Vaccine operations Central Provinces & Berar 1922-1929 - 1922-1929
Year: 1922
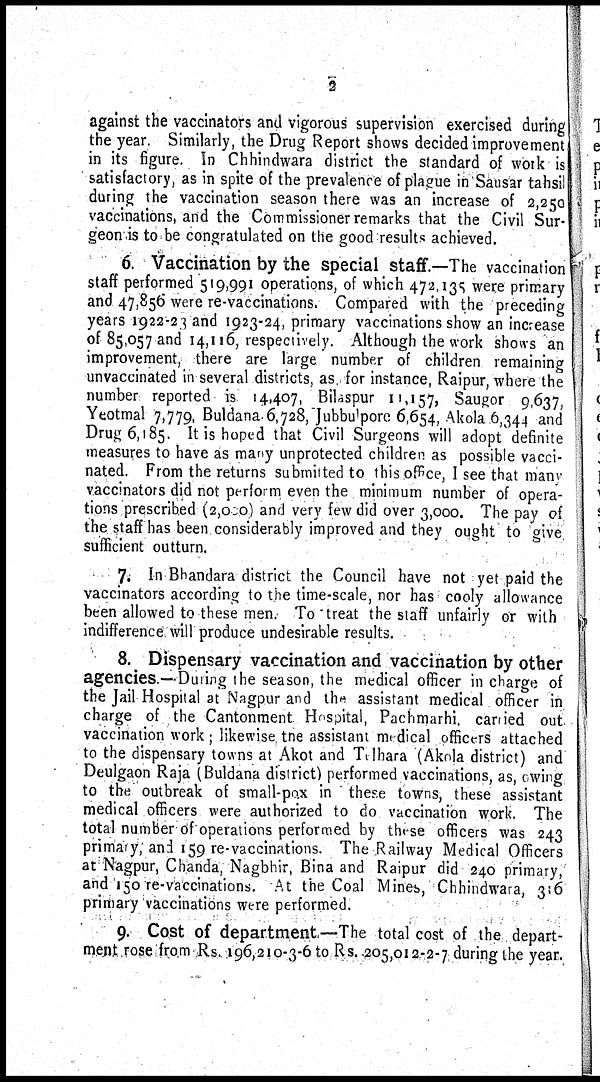
2
against the vaccinators and vigorous supervision exercised during
the year. Similarly, the Drug Report shows decided improvement
in its figure. In Chhindwara district the standard of work is
satisfactory, as in spite of the prevalence of plague in Sausar tahsil
during the vaccination season there was an increase of 2,250
vaccinations, and the Commissioner remarks that the Civil Sur-
geon is to be congratulated on the good results achieved.
6. Vaccination by the special staff.—The vaccination
staff performed 519,991 operations, of which 472,135 were primary
and 47,856 were re-vaccinations. Compared with the preceding
years 1922-23 and 1923-24, primary vaccinations show an increase
of 85,057 and 14,116, respectively. Although the work shows an
improvement, there are large number of children remaining
unvaccinated in several districts, as for instance, Raipur, where the
number reported is 14,407, Bilaspur 11,157, Saugor 9,637,
Yeotmal 7,779, Buldana6,728, Jubbulpore 6,654, Akola 6,344 and
Drug 6,185. It is hoped that Civil Surgeons will adopt definite
measures to have as many unprotected children as possible vacci-
nated. From the returns submitted to this office, I see that many
vaccinators did not perform even the minimum number of opera-
tions prescribed (2,000) and very few did over 3,000. The pay of
the staff has been considerably improved and they ought to give
sufficient outturn.
7. In Bhandara district the Council have not yet paid the
vaccinators according to the time-scale, nor has cooly allowance
been allowed to these men. To treat the staff unfairly or with
indifference will produce undesirable results.
8. Dispensary vaccination and vaccination by other
agencies.—During the season, the medical officer in charge of
the Jail Hospital at Nagpur and the assistant medical officer in
charge of the Cantonment Hospital, Pachmarhi, carried out
vaccination work; likewise the assistant medical officers attached
to the dispensary towns at Akot and Telhara (Akola district) and
Deulgaon Raja (Buldana district) performed vaccinations, as, owing
to the outbreak of small-pox in these towns, these assistant
medical officers were authorized to do vaccination work. The
total number of operations performed by these officers was 243
primary, and 159 re-vaccinations. The Railway Medical Officers
at Nagpur, Chanda, Nagbhir, Bina and Raipur did 240 primary,
and 150 re-vaccinations. At the Coal Mines, Chhindwara, 316
primary vaccinations were performed.
9. Cost of department.—The total cost of the depart-
ment rose from Rs. 196,210-3-6 to Rs. 205,012-2-7 during the year.